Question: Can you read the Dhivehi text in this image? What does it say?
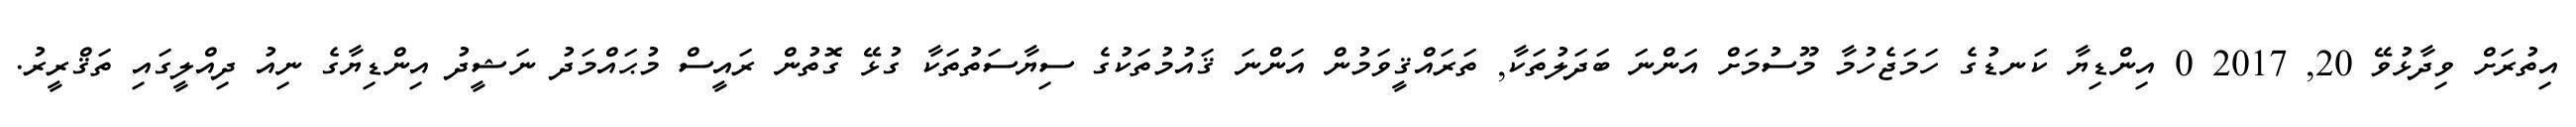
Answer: އިތުރަށް ވިދާޅުވޭ 20, 2017 0 އިންޑިޔާ ކަނޑުގެ ހަމަޖެހުމާ މޫސުމަށް އަންނަ ބަދަލުތަކާ, ތަރައްޤީވަމުން އަންނަ ޤައުމުތަކުގެ ސިޔާސަތުތަކާ ގުޅޭ ގޮތުން ރައީސް މުޙައްމަދު ނަޝީދު އިންޑިޔާގެ ނިއު ދިއްލީގައި ތަޤްރީރު.